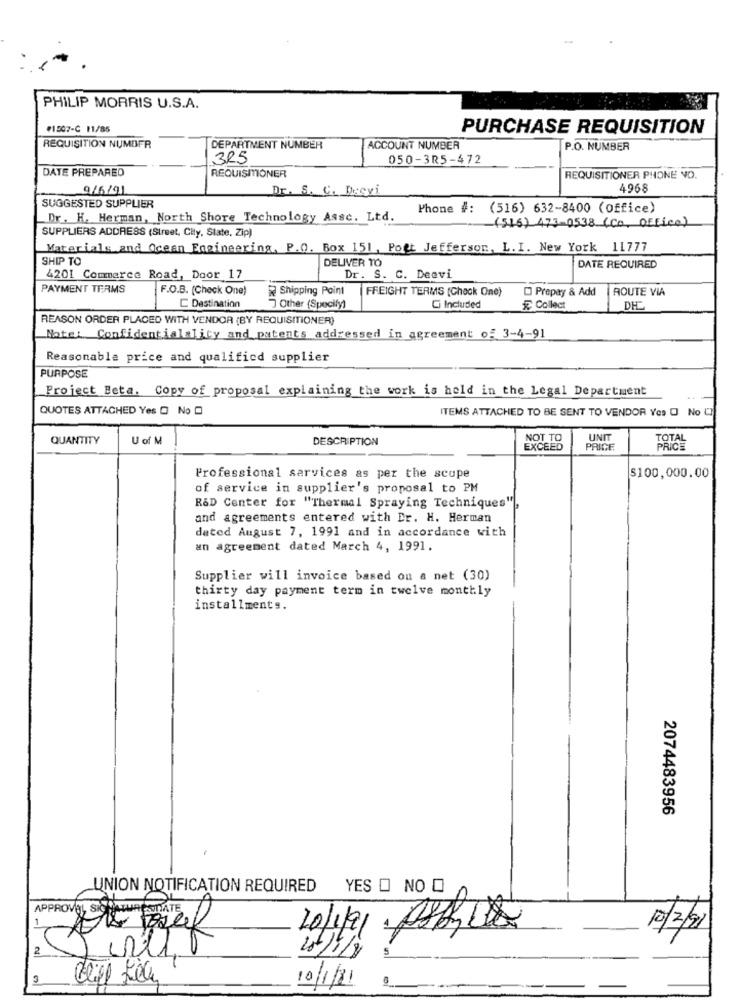
PHILIP MORRIS U.S.A.
#1507-C 11/85
PURCHASE REQUISITION
REQUISITION NUMBER
DEPARTMENT NUMBER
ACCOUNT NUMBER
P.O. NUMBER
325
050-3R5-472
DATE PREPAREO
REQUISMONER
REQUISITIONER PHONE NO.
9/6/91
Dr. S. C. Deevi
4968
SUGGESTED SUPPLIER
Phone #: (516) 632-8400 (office)
Dr. H. Herman, North Shore Technology Assc. Ltd.
(516) 473-0538 (Co. Office)
SUPPLIERS ADDRESS (Street, City, State, Zip)
Materials and Ocean Engineering, P.O. Box 151, Pot Jefferson, L. I. New York 11777
SHIP TO
DELIVER TO
DATE REQUIRED
4201 Commerce Road, Door 17
Dr. S. C. Deevi
PAYMENT TERMS
F.O.B. (Check One)
Shipping Point
FREIGHT TERMS (Chock One)
Prepay & Add
ROUTE VIA
C Destination
Other (Specify)
Ci Included
Collect
REASON ORDER PLACED WITH VENDOR (BY REQUISITIONER)
Note: Confidentialality and patents addressed in agreement of 3-4-91
Reasonable price and qualified supplier
PURPOSE
Project Beta. Copy of proposal explaining the work is held in the Legal Department
QUOTES ATTACHED Yes O No O
ITEMS ATTACHED TO BE SENT TO VENDOR Yes O No CI
QUANTITY
U of M
DESCRIPTION
NOT TO
UNIT
EXCEED
PRICE
PRICE
Professional services as per the scope
$100,000.00
of service in supplier's proposal to PM
R&D Center for "Thermal Spraying Techniques"),
and agreements entered with Dr. H. Herman
dated August 7, 1991 and in accordance with
an agreement dated March 4, 1991.
Supplier will invoice based on a net (30)
thirty day payment term in twelve monthly
installments.
2074483956
UNION NOTIFICATION REQUIRED
YES O NO O
1
10/2/91
2
5
ist/1/9
10/1/81